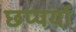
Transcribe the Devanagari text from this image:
छप्पयों